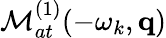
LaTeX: {\cal M}_{at}^{(1)}(-\omega_{k},\mathbf{q})